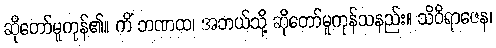
ဆိုတော်မူကုန်၏။ ကိံ ဘဏထ၊ အဘယ်သို့ ဆိုတော်မူကုန်သနည်း။ သိဝိရာဇေန၊